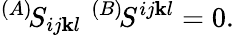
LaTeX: {}^{(A)}\! S_{ij\mathbf{k}l}\quad\! \! \! \! {}^{(B)}\! S^{ij\mathbf{k}l}=0.